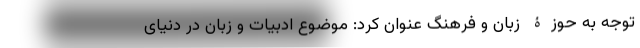
توجه به حوزۀ زبان و فرهنگ عنوان کرد: موضوع ادبیات و زبان در دنیای